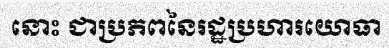
នោះ ជាប្រភពនៃរដ្ឋប្រហារយោធា